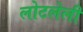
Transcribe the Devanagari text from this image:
लोटलेली